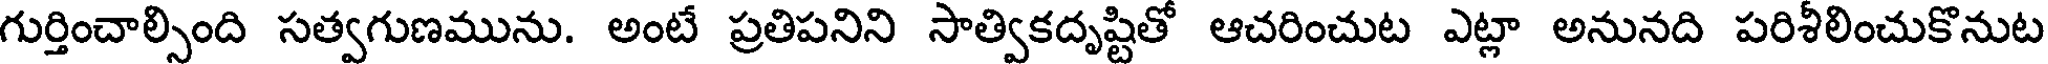
గుర్తించాల్సింది సత్వగుణమును. అంటే ప్రతిపనిని సాత్వికదృష్టితో ఆచరించుట ఎట్లా అనునది పరిశీలించుకొనుట